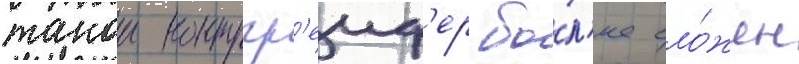
такои контргр'еиф'ер бо́л'ее сло́жен